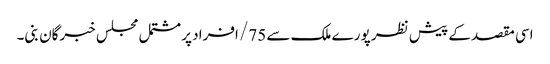
اسی مقصد کے پیش نظر پورے ملک سے 75/ افراد پر مشتمل مجلس خبرگان بنی۔